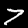
Digit: 7